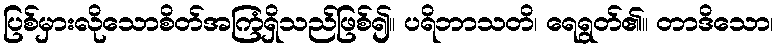
ပြစ်မှားလိုသောစိတ်အကြံရှိသည်ဖြစ်၍။ ပရိဘာသတိ၊ ရေရွတ်၏။ တာဒိသော၊